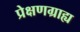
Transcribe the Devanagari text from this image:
प्रेक्षणग्राह्य